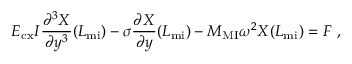
E _ { \mathrm { c x } } I \frac { \partial ^ { 3 } { X } } { \partial { y ^ { 3 } } } ( L _ { \mathrm { m i } } ) - \sigma \frac { \partial { X } } { \partial { y } } ( L _ { \mathrm { m i } } ) - M _ { \mathrm { M I } } \omega ^ { 2 } X ( L _ { \mathrm { m i } } ) = F ~ ,